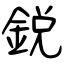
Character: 鋭